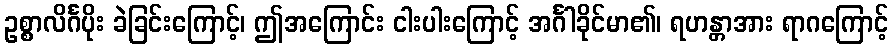
ဥစ္စာလိင်္ဂပိုး ခဲခြင်းကြောင့်၊ ဤအကြောင်း ငါးပါးကြောင့် အင်္ဂါခိုင်မာ၏၊ ရဟန္တာအား ရာဂကြောင့်